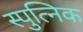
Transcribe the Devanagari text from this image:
स्पुत्निक